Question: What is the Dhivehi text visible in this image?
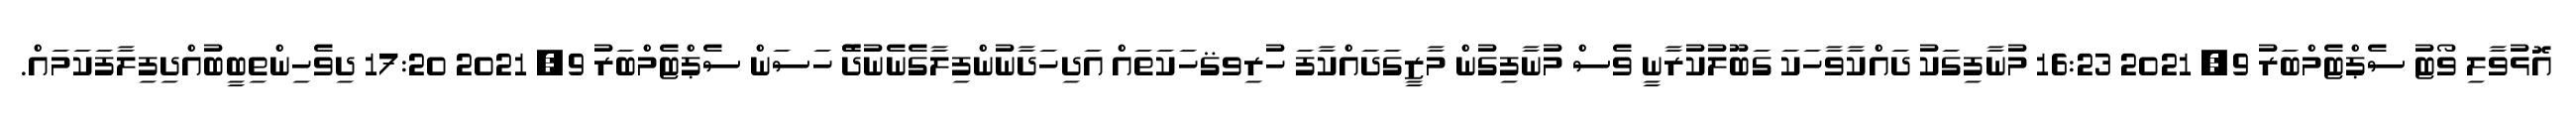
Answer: އޮޅުވާލި ވޯޓު ސެޕްޓެމްބަރު 9, 2021 16:23 މުނާފިގަކު ދައްކާވާހަކަ ގަބޫލުކުރާނީ ވެސް މުނާފިގުން މާޒީގަދައްކާފަ ހުރިވޤހަކަތައް އަދިހަދާނުންފިލާގެނެނުދޭެ ހަސަން ސެޕްޓެމްބަރު 9, 2021 17:20 ދިވެހިންތިބީބުއްދިފިލާފަކަމައް.